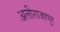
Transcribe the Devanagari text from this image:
अलीराजापुर